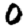
Digit: 0